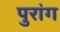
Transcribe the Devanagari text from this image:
पुरांग